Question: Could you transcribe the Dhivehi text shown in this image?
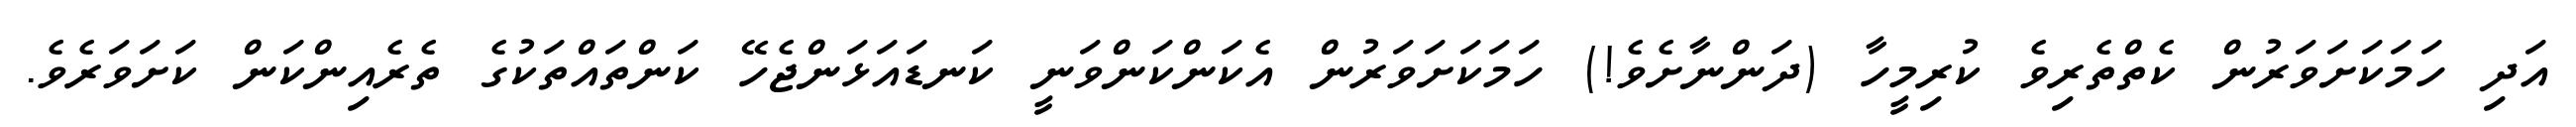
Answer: އަދި ހަމަކަށަވަރުން ކެތްތެރިވެ ކުރިމީހާ (ދަންނާށެވެ!) ހަމަކަށަވަރުން އެކަންކަންވަނީ ކަނޑައަޅަންޖެހޭ ކަންތައްތަކުގެ ތެރެއިންކަން ކަށަވަރެވެ.